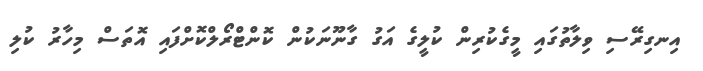
އިނގިރޭސި ވިލާތުގައި މީގެކުރިން ކުލީގެ އަގު ގާނޫނަކުން ކޮންޓްރޯލްކޮށްފައި އޮތަސް މިހާރު ކުލި